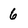
Character: 6